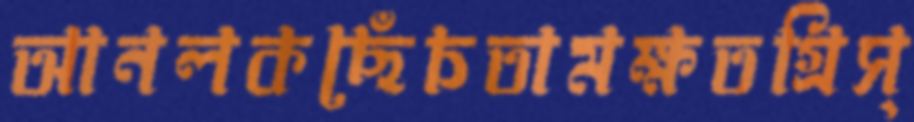
আনলকছেঁচতামক্ষতগ্রিস্